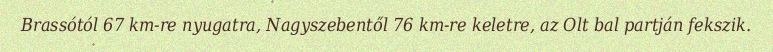
Brassótól 67 km-re nyugatra, Nagyszebentől 76 km-re keletre, az Olt bal partján fekszik.